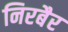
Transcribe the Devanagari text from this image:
निरबैर